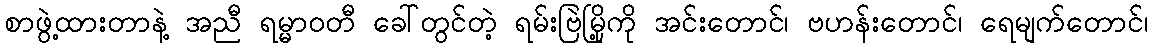
စာဖွဲ့ထားတာနဲ့ အညီ ရမ္မာဝတီ ခေါ်တွင်တဲ့ ရမ်းဗြဲမြို့ကို အင်းတောင်၊ ဗဟန်းတောင်၊ ရေမျက်တောင်၊